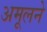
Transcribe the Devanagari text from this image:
अमूलने